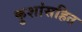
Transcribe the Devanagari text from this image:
कुशांसहित